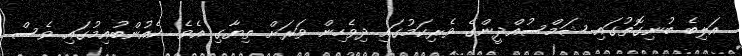
އަލިބެ ބުނިގޮތުގައި ޝަމްސުއްދީންގެ ވެރިކަމުގައި ދިވެހިން ވަރަށް ތިޔާގި އެވެ. ކެއުންބުއިމުގައި ވެސް